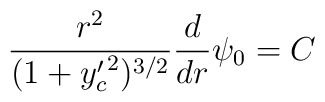
\frac{r^2}{(1+{y_c^{\prime}}^2)^{3/2}}\frac{d}{dr}\psi_0 = C